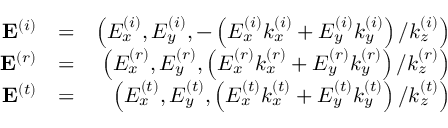
\begin{array} { r l r } { \mathbf { E } ^ { \left( i \right) } } & { = } & { \left( E _ { x } ^ { \left( i \right) } , E _ { y } ^ { \left( i \right) } , - \left( E _ { x } ^ { \left( i \right) } k _ { x } ^ { \left( i \right) } + E _ { y } ^ { \left( i \right) } k _ { y } ^ { \left( i \right) } \right) / k _ { z } ^ { \left( i \right) } \right) } \\ { \mathbf { E } ^ { \left( r \right) } } & { = } & { \left( E _ { x } ^ { \left( r \right) } , E _ { y } ^ { \left( r \right) } , \left( E _ { x } ^ { \left( r \right) } k _ { x } ^ { \left( r \right) } + E _ { y } ^ { \left( r \right) } k _ { y } ^ { \left( r \right) } \right) / k _ { z } ^ { \left( r \right) } \right) } \\ { \mathbf { E } ^ { \left( t \right) } } & { = } & { \left( E _ { x } ^ { \left( t \right) } , E _ { y } ^ { \left( t \right) } , \left( E _ { x } ^ { \left( t \right) } k _ { x } ^ { \left( t \right) } + E _ { y } ^ { \left( t \right) } k _ { y } ^ { \left( t \right) } \right) / k _ { z } ^ { \left( t \right) } \right) } \end{array}